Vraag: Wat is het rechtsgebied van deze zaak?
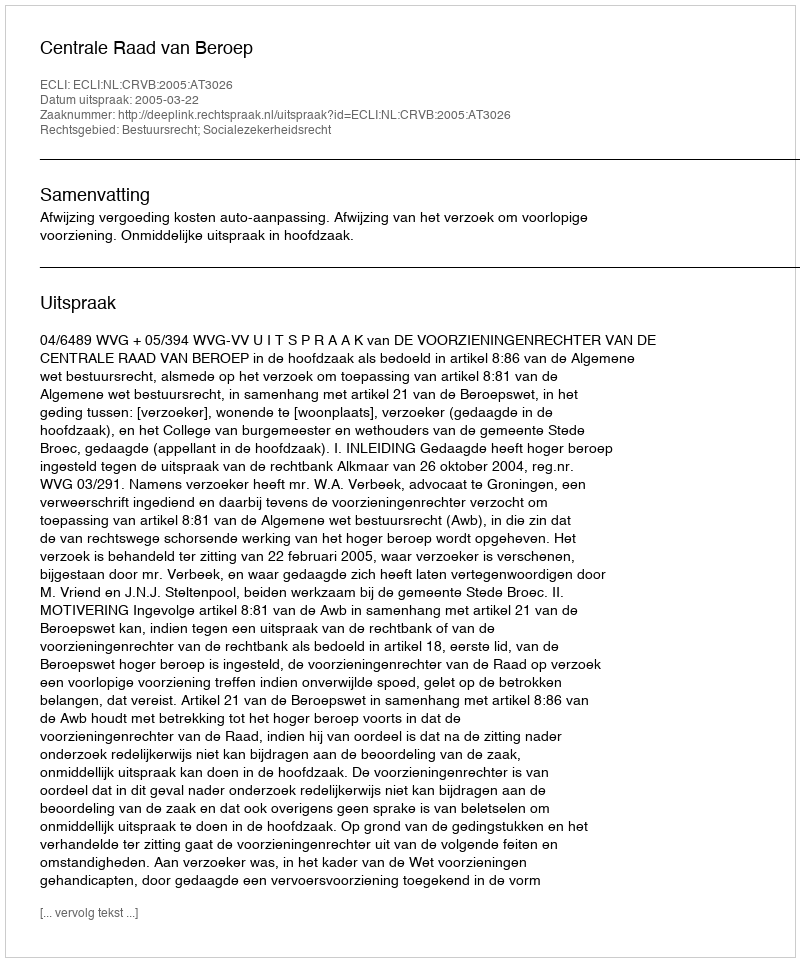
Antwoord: Bestuursrecht; Socialezekerheidsrecht